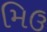
મિઉ